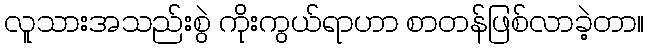
လူသားအသည်းစွဲ ကိုးကွယ်ရာဟာ စာတန်ဖြစ်လာခဲ့တာ။